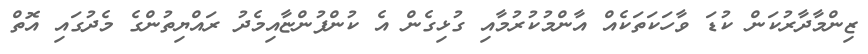
ޒިންމާދާރުކަން ކުޑަ ވާހަކަތަކެއް އާންމުކުރުމާއި ގުޅިގެން އެ ކުންފުންޏާއިމެދު ރައްޔިތުންގެ މެދުގައި އޮތް